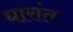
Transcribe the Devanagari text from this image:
धारांत